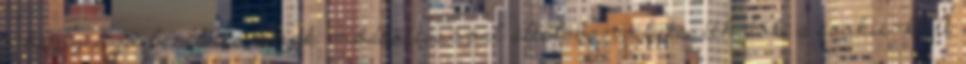
a böngésző beállításainak módosításával általában elutasíthatók a cookie-k. A